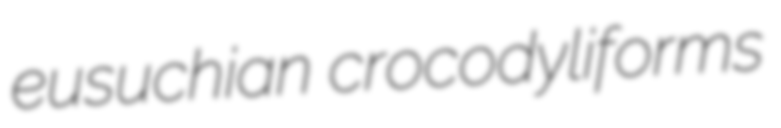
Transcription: eusuchian crocodyliforms